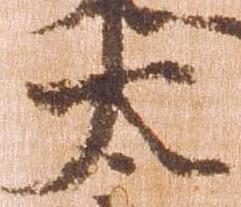
太